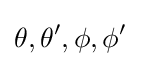
\theta ,\theta ',\phi ,\phi '